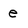
Character: e